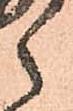
之